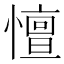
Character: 憻